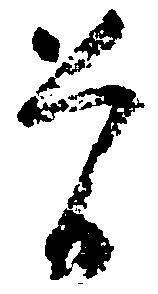
曽